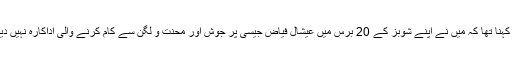
ان کا کہنا تھا کہ میں نے اپنے شوبز کے 20 برس میں عیشال فیاض جیسی پر جوش اور محنت و لگن سے کام کرنے والی اداکارہ نہیں دیکھی۔